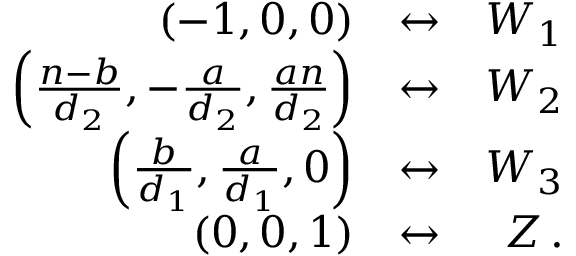
\begin{array} { r l r } { ( - 1 , 0 , 0 ) } & { \leftrightarrow } & { W _ { 1 } } \\ { \left( \frac { n - b } { d _ { 2 } } , - \frac { a } { d _ { 2 } } , \frac { a n } { d _ { 2 } } \right) } & { \leftrightarrow } & { W _ { 2 } } \\ { \left( \frac { b } { d _ { 1 } } , \frac { a } { d _ { 1 } } , 0 \right) } & { \leftrightarrow } & { W _ { 3 } } \\ { ( 0 , 0 , 1 ) } & { \leftrightarrow } & { Z \, . } \end{array}